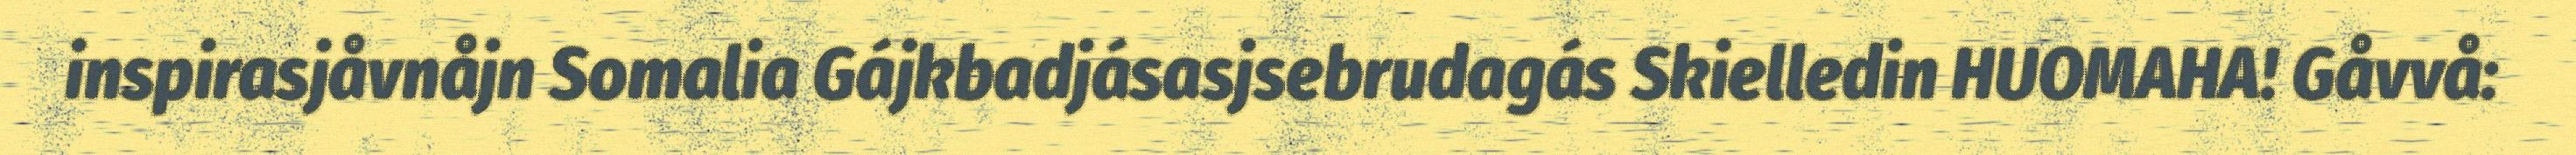
inspirasjåvnåjn Somalia Gájkbadjásasjsebrudagás Skielledin HUOMAHA! Gåvvå: